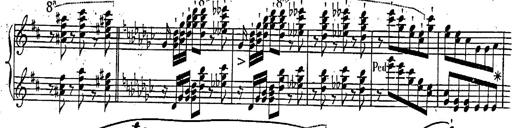
Title: Marche et Cavatine de Lucie de Lammermoor, S.398
Composer: Franz Liszt